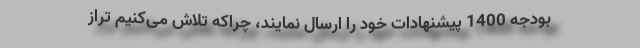
بودجه 1400 پیشنهادات خود را ارسال نمایند، چراکه تلاش می‌کنیم تراز